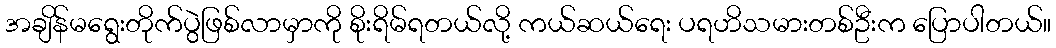
အချိန်မရွေးတိုက်ပွဲဖြစ်လာမှာကို စိုးရိမ်ရတယ်လို့ ကယ်ဆယ်ရေး ပရဟိသမားတစ်ဦးက ပြောပါတယ်။